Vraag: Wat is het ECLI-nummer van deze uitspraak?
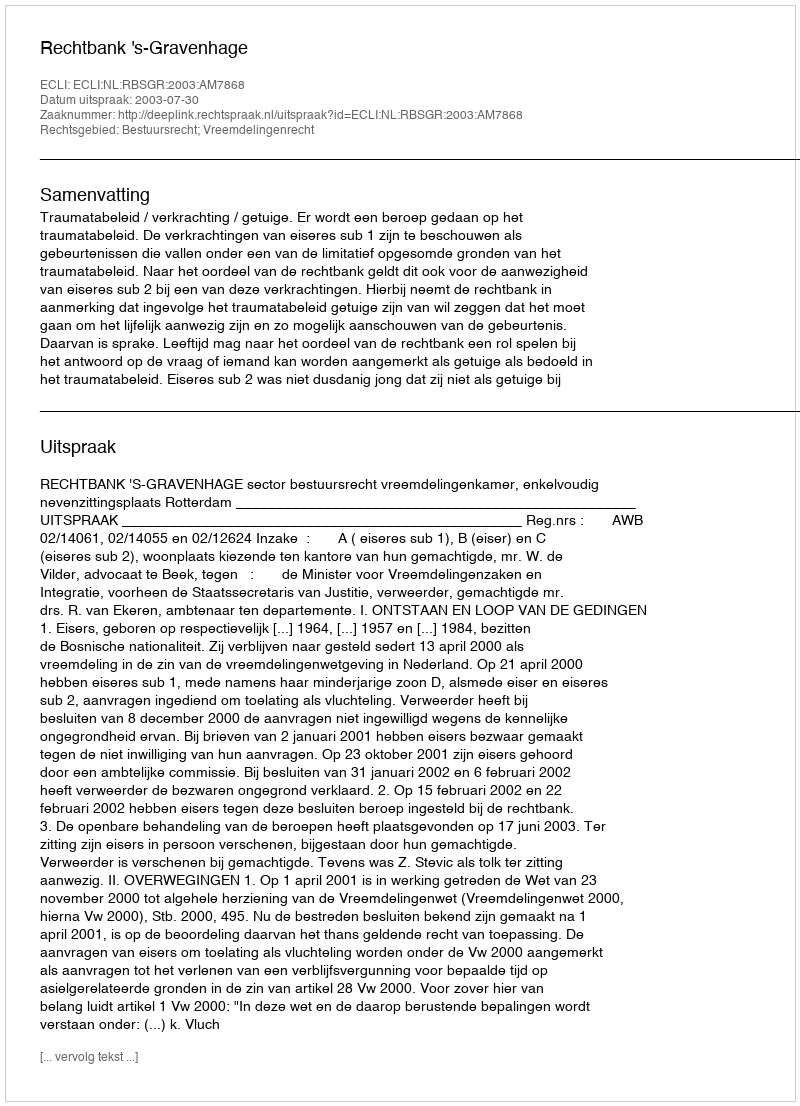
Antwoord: ECLI:NL:RBSGR:2003:AM7868